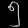
Digit: ၅